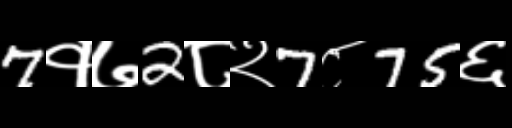
Text: 7१७2८२7८75६